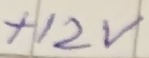
Text: +12V